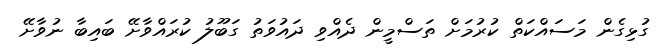
ގުޅިގެން މަސައްކަތް ކުރުމަށް ތަސްމީން ދެއްވި ދައުވަތު ގަބޫލު ކުރައްވާށޭ ބައިބާ ނުވާށޭ